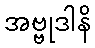
အဗ္ဗုဒါနိ